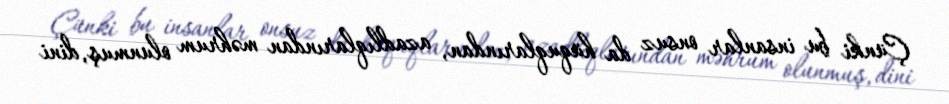
Çünki bu insanlar onsuz da hüquqlarından, azadlıqlarından məhrum olunmuş, dini